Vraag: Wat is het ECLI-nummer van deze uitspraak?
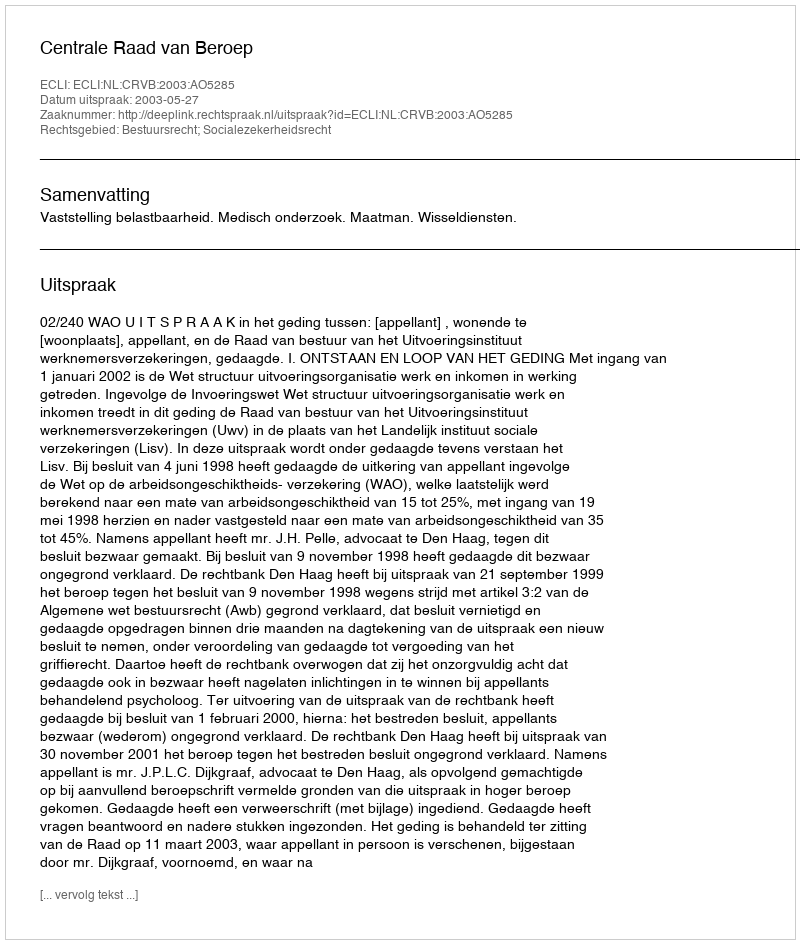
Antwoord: ECLI:NL:CRVB:2003:AO5285